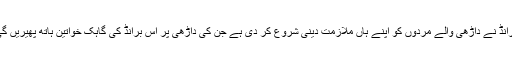
اس تحقیق کے بعد ایک گرومنگ برانڈ نے داڑھی والے مردوں کو اپنے ہاں ملازمت دینی شروع کر دی ہے جن کی داڑھی پر اس برانڈ کی گاہک خواتین ہاتھ پھیریں گی تاکہ پریشانی سے نجات پا سکیں۔